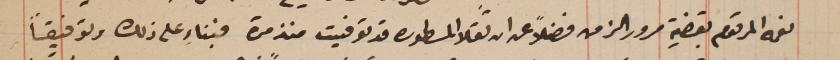
نعمه المرقوم بقضية مرور الزمن فضلاً عن ان تقلا المسطوره قد توفيت منذ مدة فبناء على ذلك وتوفيقاً